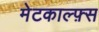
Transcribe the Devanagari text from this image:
मेटकाल्फ़्स